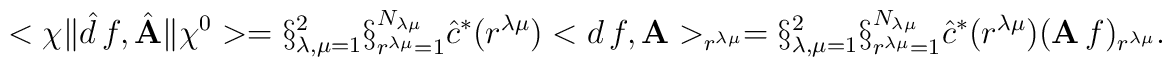
<\chi\|\hat{d}\,f,\hat{\bf A} \|\chi^{0}>=\S_{\lambda,\mu=1}^{2}\S_{r^{\lambda\mu}=1}^{N_{\lambda\mu}} \hat{c}^{*}(r^{\lambda\mu})<d\,f,{\bf A}>_{r^{\lambda\mu}}=\S_{\lambda,\mu=1}^{2}\S_{r^{\lambda\mu}=1}^{N_{\lambda\mu}} \hat{c}^{*}(r^{\lambda\mu})({\bf A}\,f)_{r^{\lambda\mu}}.